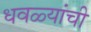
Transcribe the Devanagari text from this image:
धवळ्यांची